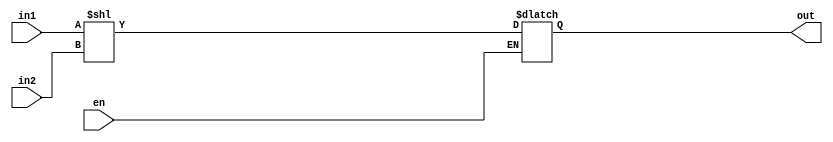
module sll_unity(en, in1, in2, out);
	input en;
	input [15:0] in1, in2;
	output reg [15:0] out;
	
	always @(*) begin
		if (en)
			out <= (in1 << in2);
	end
endmodule